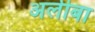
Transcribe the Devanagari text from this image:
अलीबा